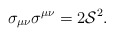
\begin{align*}\sigma_{\mu\nu}\sigma^{\mu\nu}=2{\cal S}^2. \end{align*}